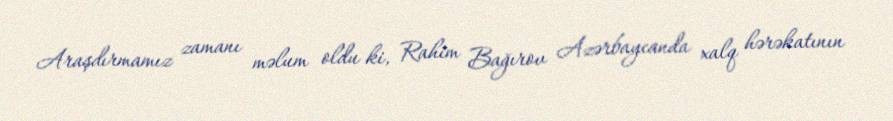
Araşdırmamız zamanı məlum oldu ki, Rahim Bağırov Azərbaycanda xalq hərəkatının